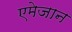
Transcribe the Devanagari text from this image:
एमेजान